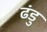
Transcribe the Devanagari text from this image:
ढंडु